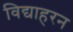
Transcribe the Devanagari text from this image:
विद्याहरन